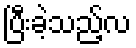
ပြီးခဲ့သည့်လ